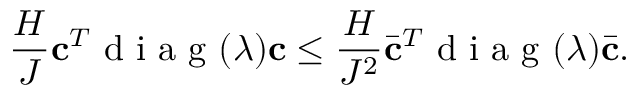
\frac { H } { J } \mathbf { c } ^ { T } \mathrm { ~ d ~ i ~ a ~ g ~ } ( \boldsymbol { \lambda } ) \mathbf { c } \leq \frac { H } { J ^ { 2 } } \bar { \mathbf { c } } ^ { T } \mathrm { ~ d ~ i ~ a ~ g ~ } ( \boldsymbol { \lambda } ) \bar { \mathbf { c } } .